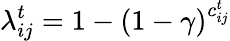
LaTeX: \lambda_{ij}^{t}=1-\left(1-\gamma\right)^{c_{ij}^{t}}